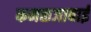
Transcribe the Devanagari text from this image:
कमळजाबाई